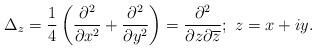
LaTeX: \begin{align*}\Delta_z=\frac 14 \left( \frac{\partial^{2}}{\partial x^{2}}+\frac{\partial^{2}}{\partial y^{2}} \right) = \frac{\partial^{2}}{\partial z \partial \overline{z}}; \, \, z= x+iy. \end{align*}